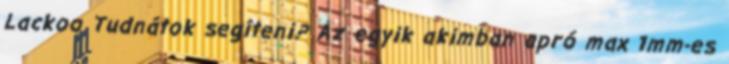
Lackoo Tudnátok segíteni? Az egyik akimban apró max 1mm-es